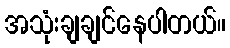
အသုံးချချင်နေပါတယ်။